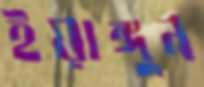
ইয়াঙ্গুন